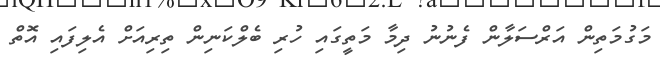
މަގުމަތިން އަރްސަލާން ފެނުނު ދިމާ މަތީގައި ހުރި ބެލްކަނިން ތިރިއަށް އެލިފައި އޮތް